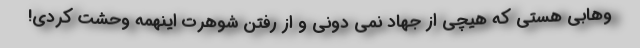
وهابی هستی که هیچی از جهاد نمی دونی و از رفتن شوهرت اینهمه وحشت کردی!